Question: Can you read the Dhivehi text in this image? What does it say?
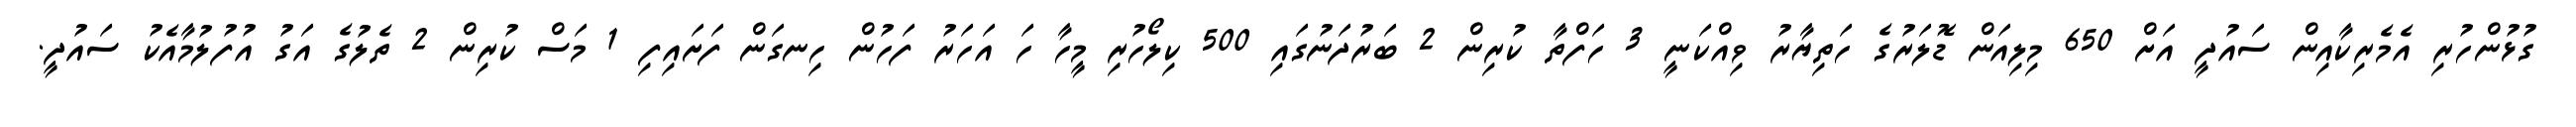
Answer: ގުޅުންހުރި އެމެރިކާއިން ސައުދީ އަށް 650 މިލިއަން ޑޮލަރުގެ ހަތިޔާރު ވިއްކަނީ 3 ހަފްތާ ކުރިން 2 ބަރުދަނުގައި 500 ކިލޯހުރި މީހާ ހަ އަހަރު ފަހުން ހިނގަން ފަށައިފި 1 މަސް ކުރިން 2 ތެލުގެ އަގު އުފުލުމާއެކު ސައުދީ.